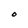
Character: O